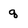
Character: q